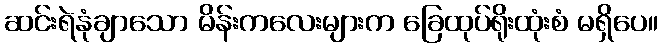
ဆင်းရဲနုံချာသော မိန်းကလေးများက ခြေထုပ်ရိုးထုံးစံ မရှိပေ။